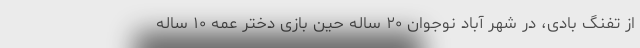
از تفنگ بادی، در شهر آباد نوجوان ۲۰ ساله حین بازی دختر عمه ۱۰ ساله